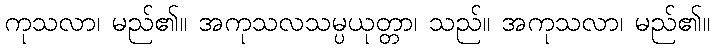
ကုသလာ၊ မည်၏။ အကုသလသမ္ပယုတ္တာ၊ သည်။ အကုသလာ၊ မည်၏။